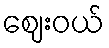
ဈေးဝယ်